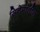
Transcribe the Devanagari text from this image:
सिनेमांतील